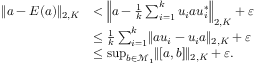
\begin{array} { r l } { \lVert a - E ( a ) \rVert _ { 2 , K } } & { < \Big \lVert a - \frac { 1 } { k } \sum _ { i = 1 } ^ { k } u _ { i } a u _ { i } ^ { * } \Big \rVert _ { 2 , K } + \varepsilon } \\ & { \le \frac { 1 } { k } \sum _ { i = 1 } ^ { k } \lVert a u _ { i } - u _ { i } a \rVert _ { 2 , K } + \varepsilon } \\ & { \le \operatorname* { s u p } _ { b \in \mathcal { M } _ { 1 } } \lVert [ a , b ] \rVert _ { 2 , K } + \varepsilon . } \end{array}